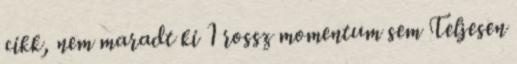
cikk, nem maradt ki 1 rossz momentum sem Teljesen